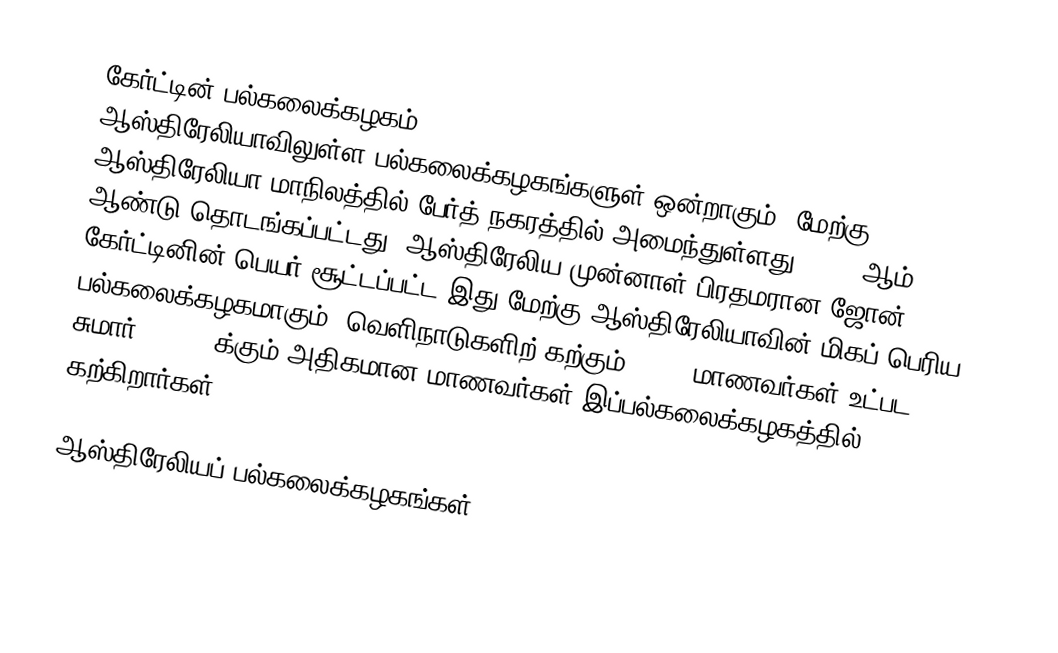
கேர்ட்டின் பல்கலைக்கழகம் (Curtin University of Technology) ஆஸ்திரேலியாவிலுள்ள பல்கலைக்கழகங்களுள் ஒன்றாகும். மேற்கு ஆஸ்திரேலியா மாநிலத்தில் பேர்த் நகரத்தில் அமைந்துள்ளது. 1987 ஆம் ஆண்டு தொடங்கப்பட்டது. ஆஸ்திரேலிய முன்னாள் பிரதமரான ஜோன் கேர்ட்டினின் பெயர் சூட்டப்பட்ட இது மேற்கு ஆஸ்திரேலியாவின் மிகப் பெரிய பல்கலைக்கழகமாகும். வெளிநாடுகளிற் கற்கும் 9,000 மாணவர்கள் உட்பட சுமார் 39,000 க்கும் அதிகமான மாணவர்கள் இப்பல்கலைக்கழகத்தில் கற்கிறார்கள்.

ஆஸ்திரேலியப் பல்கலைக்கழகங்கள்